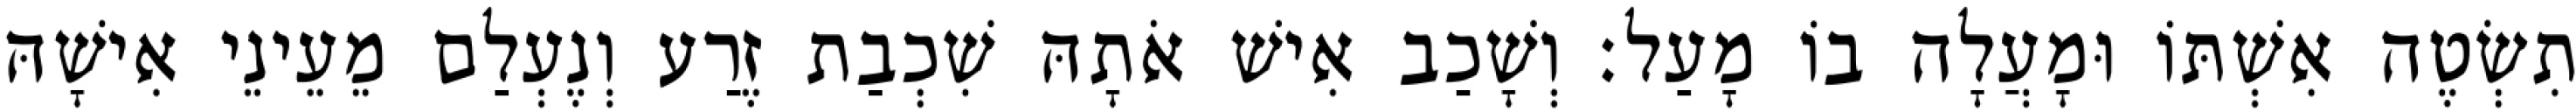
תִשְׂטֶה אִשְׁתּוֹ וּמָעֲלָה בוֹ מָעַל׃ וְשָׁכַב אִישׁ אֹתָהּ שִׁכְבַת זֶרַע וְנֶעְלַם מֵעֵינֵי אִישָׁהּ